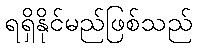
ရရှိနိုင်မည်ဖြစ်သည်